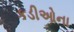
કડીઓના